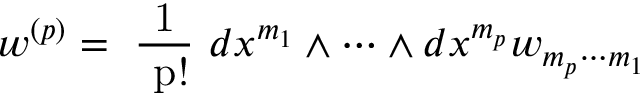
w ^ { ( p ) } = \mathrm { ~ { \frac { 1 } { ~ p ! } } ~ } d x ^ { m _ { 1 } } \wedge \cdots \wedge d x ^ { m _ { p } } w _ { m _ { p } \cdots m _ { 1 } }